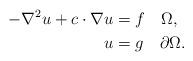
LaTeX: \begin{align*}-\nabla^{2}u+c\cdot\nabla u & =f\quad\Omega,\\u & =g\quad\partial\Omega.\end{align*}